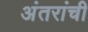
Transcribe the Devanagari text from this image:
अंतरांची